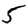
Digit: 5